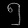
Digit: ၅